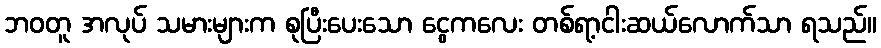
ဘဝတူ အလုပ် သမားများက စုပြီးပေးသော ငွေကလေး တစ်ရာ့ငါးဆယ်လောက်သာ ရသည်။